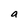
Character: a